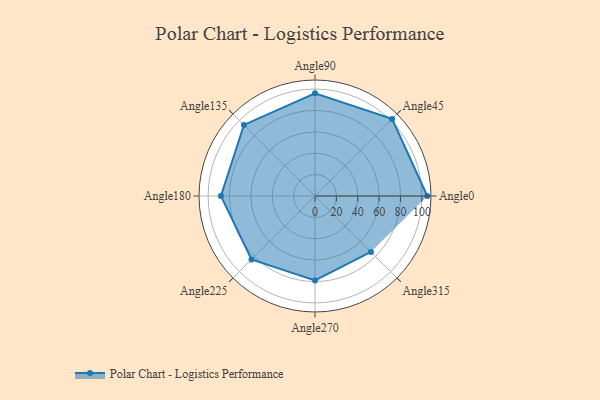
{"axis": {"x": "Angle", "y": "Radius"}, "legend": [""], "data": [{"x": "Angle0", "y": 105.0, "type": ""}, {"x": "Angle45", "y": 102.0, "type": ""}, {"x": "Angle90", "y": 96.0, "type": ""}, {"x": "Angle135", "y": 94.0, "type": ""}, {"x": "Angle180", "y": 88.0, "type": ""}, {"x": "Angle225", "y": 84.0, "type": ""}, {"x": "Angle270", "y": 79.0, "type": ""}, {"x": "Angle315", "y": 74.0, "type": ""}]}